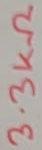
Text: 680Ω